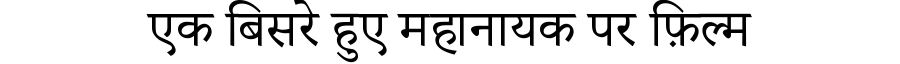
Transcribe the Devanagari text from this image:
एक बिसरे हुए महानायक पर फ़िल्म